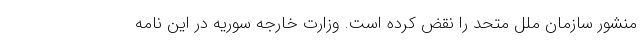
منشور سازمان ملل متحد را نقض کرده است. وزارت خارجه سوریه در این نامه